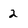
Character: 2